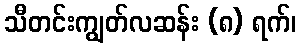
သီတင်းကျွတ်လဆန်း (၈) ရက်၊